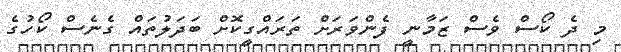
މި ދެ ކޯސް ވެސް ޒަމާނީ ފެންވަރަށް ތަރައްގީކޮށް ބަދަލުތައް ގެނެސް ކޯހުގެ